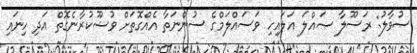
ސުވާލު: ރަސޫލާ ޞައްލަ އަލައިހި ވަސައްލަމްގެ ސުންނަތާ އެއްގޮތަށް ވުޟޫކުރާނެގޮތް އަދި ހިނައި